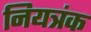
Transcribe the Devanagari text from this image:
नियत्रंक